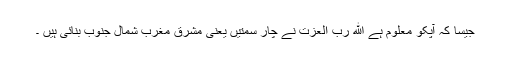
جیسا کہ آپکو معلوم ہے ﷲ رب العزت نے چار سمتیں یعنی مشرق مغرب شمال جنوب بنائی ہیں ۔